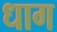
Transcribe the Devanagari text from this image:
धाग